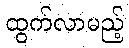
ထွက်လာမည့်